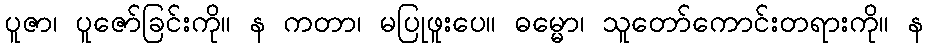
ပူဇာ၊ ပူဇော်ခြင်းကို။ န ကတာ၊ မပြုဖူးပေ။ ဓမ္မော၊ သူတော်ကောင်းတရားကို။ န